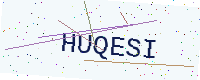
Text: HUQESI